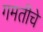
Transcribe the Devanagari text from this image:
गमतीचे